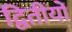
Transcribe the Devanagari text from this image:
द्वितीयो